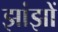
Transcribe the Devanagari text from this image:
झांझों